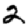
Digit: 2